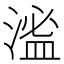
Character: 㴵